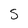
Character: S